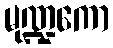
မုဏ္ဍကော